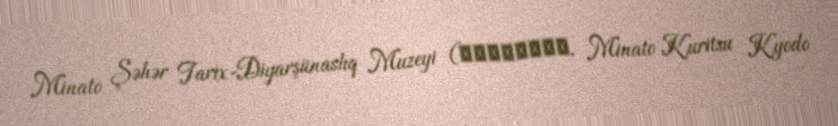
Minato Şəhər Tarix-Diyarşünaslıq Muzeyi (港区立郷土歴史館, Minato Kuritsu Kyodo